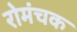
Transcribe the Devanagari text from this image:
रोमंचक